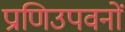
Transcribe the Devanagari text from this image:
प्राणिउपवनों